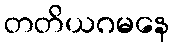
တတိယဂမနေ